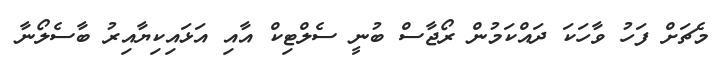
މެޗަށް ފަހު ވާހަކަ ދައްކަމުން ރޯޖާސް ބުނީ ސެލްޓިކް އާއި އަޅައިކިޔާއިރު ބާސެލޯނާ